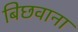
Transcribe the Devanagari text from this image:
बिछवाना